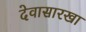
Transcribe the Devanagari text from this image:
देवासारखा